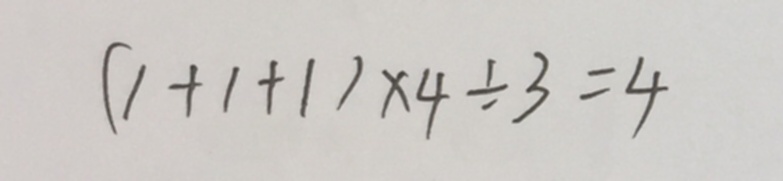
( 1 + 1 + 1 ) \times 4 \div 3 = 4